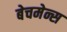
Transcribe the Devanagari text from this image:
बेचमेन्स